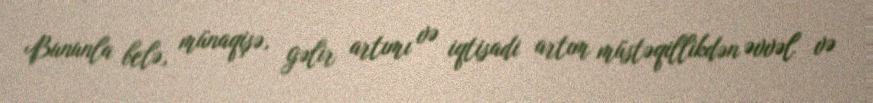
Bununla belə, münaqişə, gəlir artımı və iqtisadi artım müstəqillikdən əvvəl və